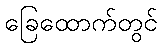
ခြေထောက်တွင်